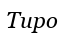
Тиро